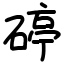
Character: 碠